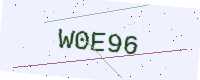
Text: W0E96